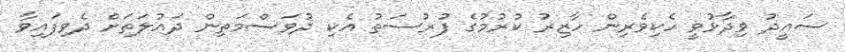
ސައީދު ވިދާޅުވީ ހެކިވެރިން ހާޒިރު ކުރުމުގެ ފުރުސަތު އެކި ދުވަސްމަތިން ދައުލަތަށް ދެވިފައިވާ